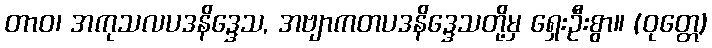
တာဝ၊ အကုသလပဒနိဒ္ဒေသ, အဗျာကတပဒနိဒ္ဒေသတို့မှ ရှေးဦးစွာ။ (ဝုတ္တေ)